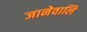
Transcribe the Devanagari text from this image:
जानेवालि